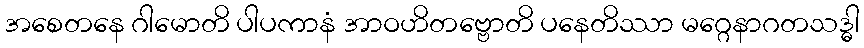
အစေတနေ ဂါမောတိ ပါပကာနံ အာဝဟိတဗ္ဗောတိ ပနေတိဿာ မဂ္ဂေနာဂတသဒ္ဓါ